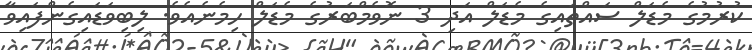
ކުރުމުގެ މެޑަލް ސައްތައިގެ މެޑަލް އަދި 3 ނޮވެމްބަރުގެ މެޑަލް ހިމެނެއެވެ. ލިބިވަޑައިގެންފައިވާ